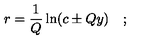
r = \frac { 1 } { Q } \ln ( c \pm Q y ) \quad ; \quad